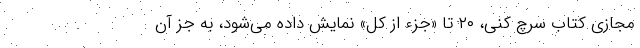
مجازی کتاب سرچ کنی، ۲۰ تا «جزء از کل» نمایش داده می‌شود، به جز آن